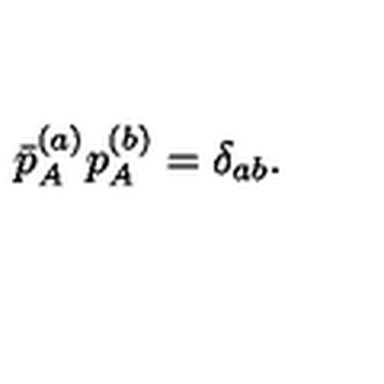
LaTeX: \bar { p } _ { A } ^ { ( a ) } p _ { A } ^ { ( b ) } = \delta _ { a b } .